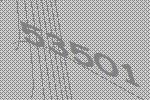
53501